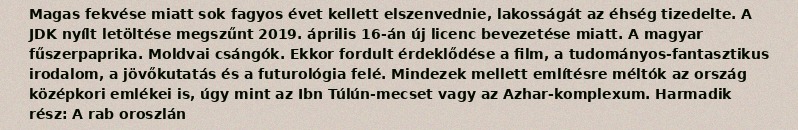
Magas fekvése miatt sok fagyos évet kellett elszenvednie, lakosságát az éhség tizedelte. A JDK nyílt letöltése megszűnt 2019. április 16-án új licenc bevezetése miatt. A magyar fűszerpaprika. Moldvai csángók. Ekkor fordult érdeklődése a film, a tudományos-fantasztikus irodalom, a jövőkutatás és a futurológia felé. Mindezek mellett említésre méltók az ország középkori emlékei is, úgy mint az Ibn Túlún-mecset vagy az Azhar-komplexum. Harmadik rész: A rab oroszlán